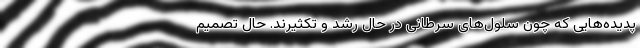
پدیده‌هایی که چون سلول‌های سرطانی در حال رشد و تکثیرند. حال تصمیم